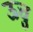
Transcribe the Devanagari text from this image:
ऊचु